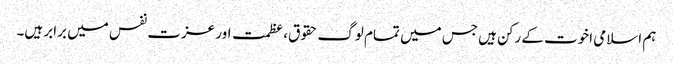
ہم اسلامی اخوت کے رکن ہیں جس میں تمام لوگ حقوق،عظمت اور عزت نفس میں برابر ہیں۔